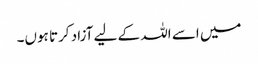
میں اسے اللہ کے لیے آزاد کرتا ہوں۔